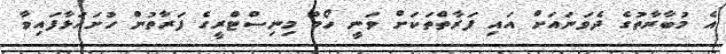
އެ މުބާރާތުގެ ދެވަނައަށް އައި ފަރާތްތަކަށް ވަނީ ހޯމް މިނިސްޓްރީގެ ފަރާތުން ހުށަހަޅާފައިވާ